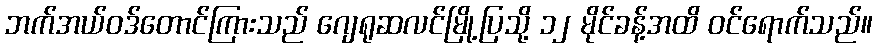
ဘက်အယ်ဝဒ်တောင်ကြားသည် ဂျေရုဆလင်မြို့ပြသို့ ၁၂ မိုင်ခန့်အထိ ဝင်ရောက်သည်။